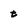
Character: t